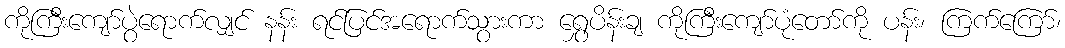
ကိုကြီးကျော်ပွဲရောက်လျှင် နန်း ရင်ပြင်အရောက်သွားကာ ရွှေပိန်းချ ကိုကြီးကျော်ပုံတော်ကို ပန်း၊ ကြက်ကြော်၊